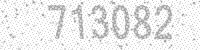
Solution: 713082